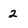
Character: 2